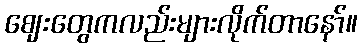
ဈေးတွေကလည်းများလိုက်တာနော်။